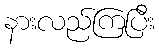
နားလည်ကြပြီး